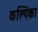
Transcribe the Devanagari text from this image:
कल्पिका